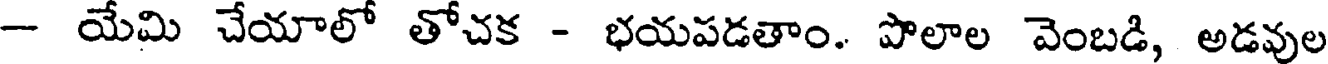
- యేమి చేయాలో తోచక - భయపడతాం. పొలాల వెంబడి, అడవుల